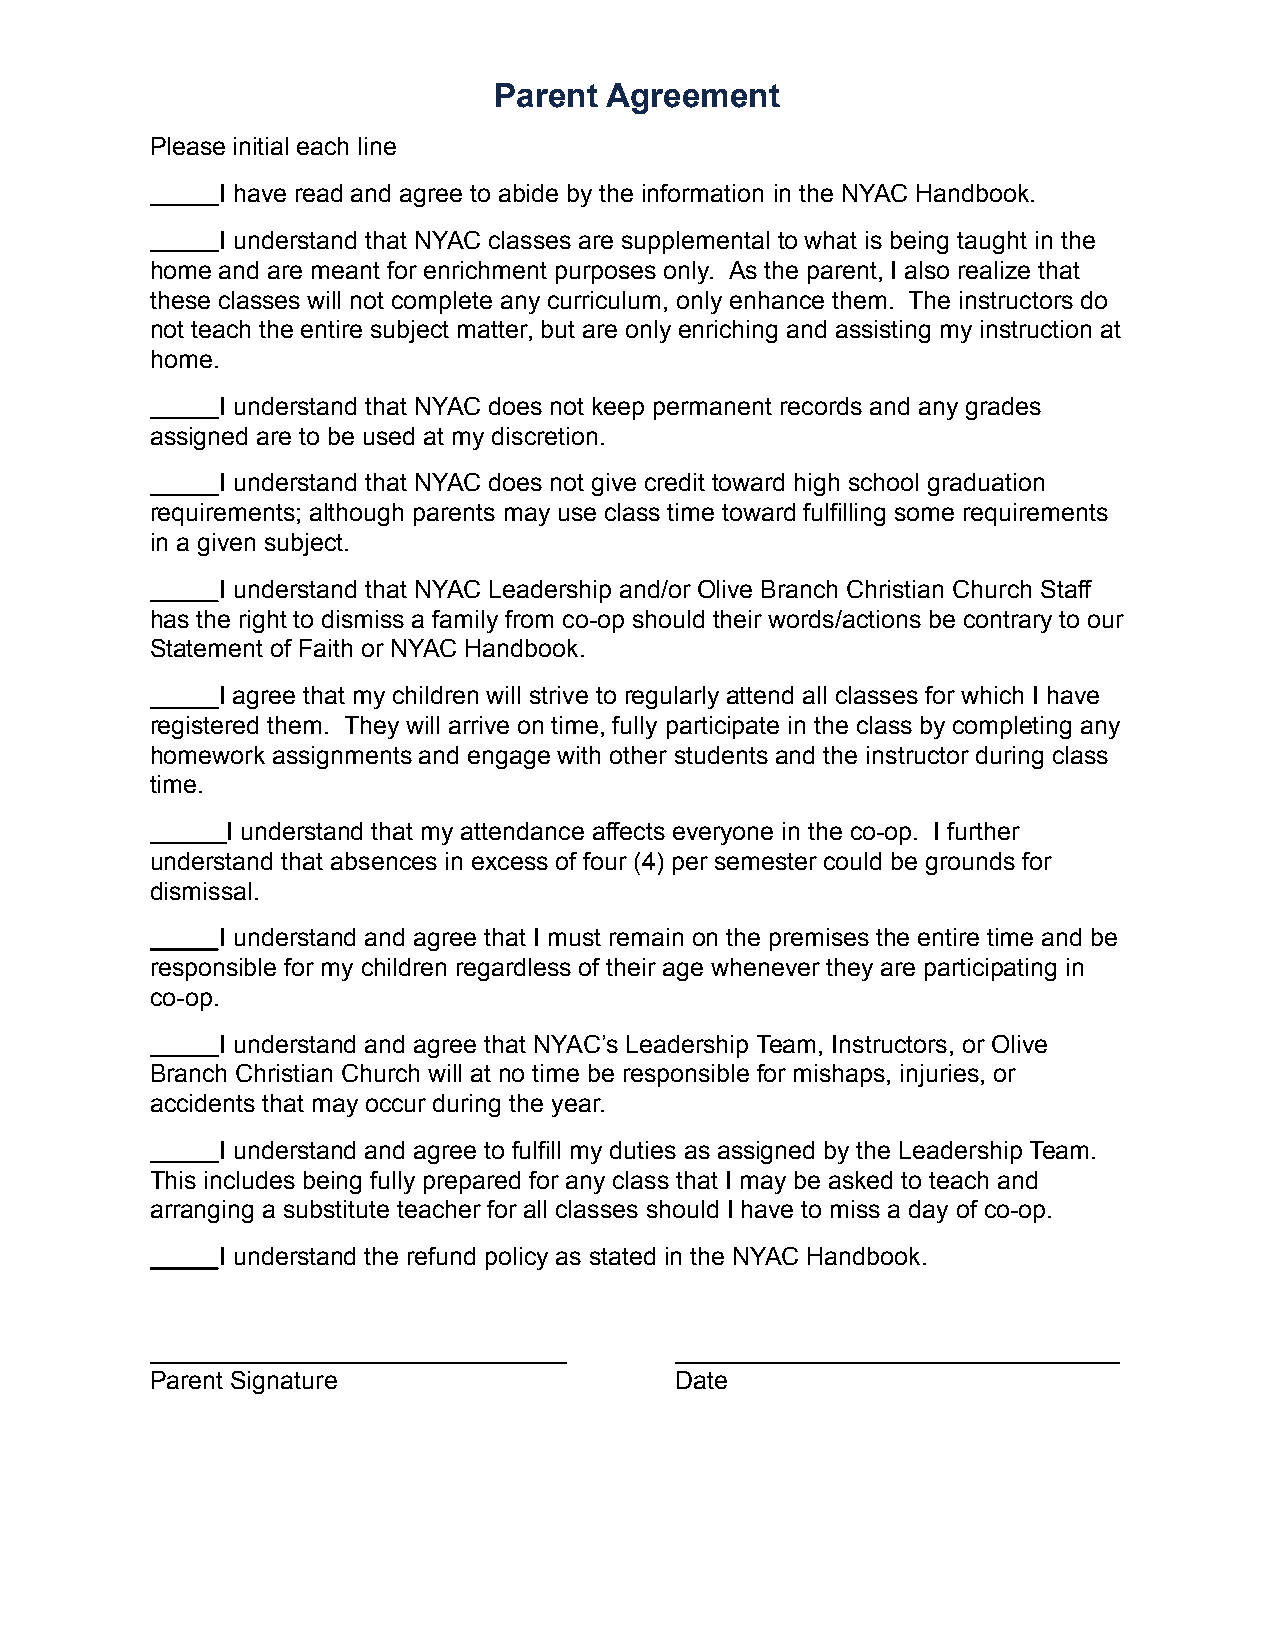
Parent Agreement
 Please initial each line
 I have read and agree to abide by the information in the NYAC Handbook.
 I understand that NYAC classes are supplemental to what is being taught in the
 home and are meant for enrichment purposes only. As the parent, I also realize that
 these classes will not complete any curriculum, only enhance them. The instructors do
 not teach the entire subject matter, but are only enriching and assisting my instruction at
 home.
 I understand that NYAC does not keep permanent records and any grades
 assigned are to be used at my discretion.
 I understand that NYAC does not give credit toward high school graduation
 requirements; although parents may use class time toward fulfilling some requirements
 in a given subject.
 I understand that NYAC Leadership and/or Olive Branch Christian Church Staff
 has the right to dismiss a family from co-op should their words/actions be contrary to our
 Statement of Faith or NYAC Handbook.
 I agree that my children will strive to regularly attend all classes for which I have
 registered them. They will arrive on time, fully participate in the class by completing any
 homework assignments and engage with other students and the instructor during class
 time.
 I understand that my attendance affects everyone in the co-op. I further
 understand that absences in excess of four (4) per semester could be grounds for
 dismissal.
 I understand and agree that I must remain on the premises the entire time and be
 responsible for my children regardless of their age whenever they are participating in
 co-op.
 I understand and agree that NYAC’s Leadership Team, Instructors, or Olive
 Branch Christian Church will at no time be responsible for mishaps, injuries, or
 accidents that may occur during the year.
 I understand and agree to fulfill my duties as assigned by the Leadership Team.
 This includes being fully prepared for any class that I may be asked to teach and
 arranging a substitute teacher for all classes should I have to miss a day of co-op.
 I understand the refund policy as stated in the NYAC Handbook.
 ______________________________     ________________________________
 Parent Signature                   Date